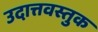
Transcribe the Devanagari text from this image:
उदात्तवस्तुक